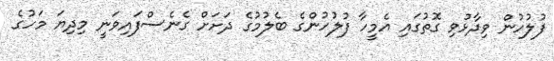
ފުލުހުން ވިދާޅުވި ގޮތުގައި އެމީހާ ފުލުހުންގެ ބެލުމުގެ ދަށަށް ގެނެސްފައިވަނީ މިދިޔަ މަހުގެ